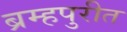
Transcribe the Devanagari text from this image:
ब्रम्हपुरीत